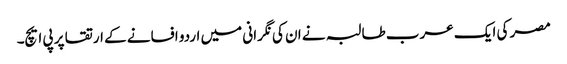
مصر کی ایک عرب طالبہ نے ان کی نگرانی میں اردو افسانے کے ارتقا پر پی ایچ۔